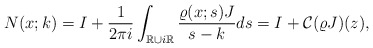
\begin{align*}&N(x;k)=I+\frac{1}{2\pi i} \int_{\mathbb{R}\cup i \mathbb{R}} \frac{\varrho(x;s)J}{s-k} d s=I+\mathcal{C}(\varrho J)(z),\end{align*}